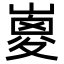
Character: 𡼇